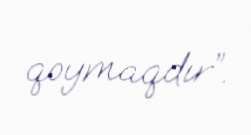
qoymaqdır”.